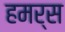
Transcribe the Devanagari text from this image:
हमर्स